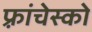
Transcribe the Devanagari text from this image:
फ़्रांचेस्को